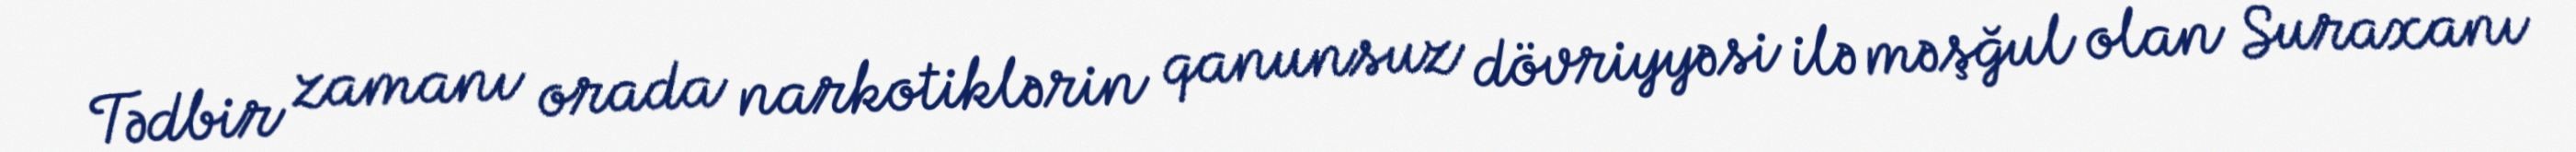
Tədbir zamanı orada narkotiklərin qanunsuz dövriyyəsi ilə məşğul olan Suraxanı